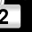
Digit: 2